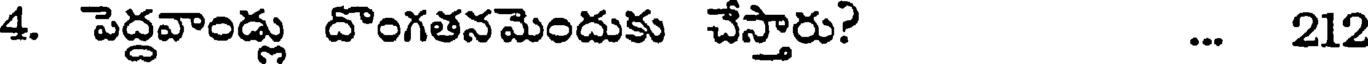
4. పెద్దవాండ్లు దొంగతనమెందుకు చేస్తారు? ... 212